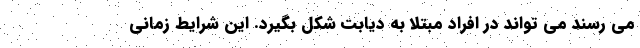
می رسند می تواند در افراد مبتلا به دیابت شکل بگیرد. این شرایط زمانی